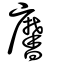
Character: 黁